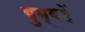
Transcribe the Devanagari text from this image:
गुम्बदें